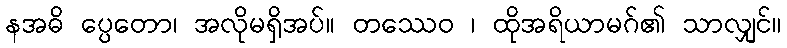
နအဓိ ပ္ပေတော၊ အလိုမရှိအပ်။ တဿေဝ ၊ ထိုအရိယာမဂ်၏ သာလျှင်။